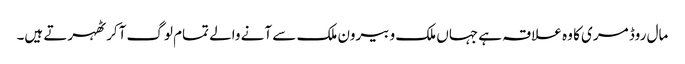
مال روڈ مری کا وہ علاقہ ہے جہاں ملک و بیرون ملک سے آنے والے تمام لوگ آکر ٹھہرتے ہیں۔